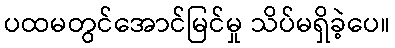
ပထမတွင်အောင်မြင်မှု သိပ်မရှိခဲ့ပေ။